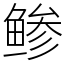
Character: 鲹